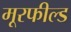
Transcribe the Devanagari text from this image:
मूरफील्ड